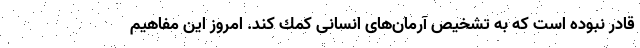
قادر نبوده است كه به تشخيص آرمان‌های انسانی كمك كند. امروز اين مفاهيم